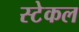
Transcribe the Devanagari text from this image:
स्टेकल